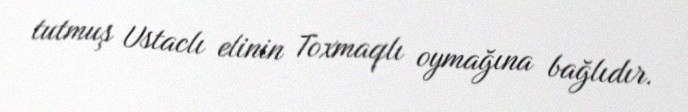
tutmuş Ustaclı elinin Toxmaqlı oymağına bağlıdır.